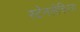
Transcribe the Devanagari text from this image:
स्टेनलेबिल्स